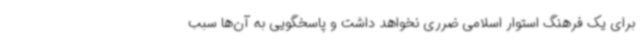
برای یک فرهنگ استوار اسلامی ضرری نخواهد داشت و پاسخگویی به آن‌ها سبب